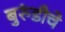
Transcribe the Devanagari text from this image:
बुरुंडीचे